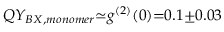
Q Y _ { B X , m o n o m e r } { \simeq } g ^ { ( 2 ) } ( 0 ) { = } 0 . 1 { \pm } 0 . 0 3